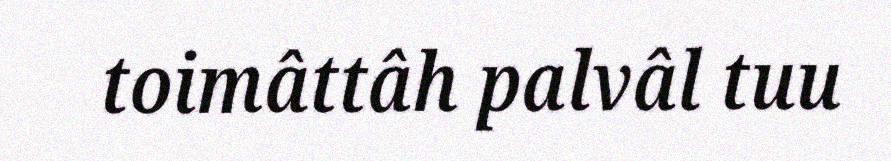
toimâttâh palvâl tuu